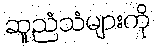
ဆူညံသံများကို